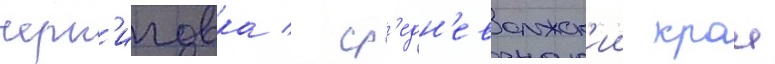
черн'иговка / ср'едн'еволжск'ии краи